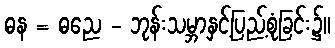
ဓန = ဓညေ - ဘုန်းသမ္ဘာနှင့်ပြည့်စုံခြင်း၌။